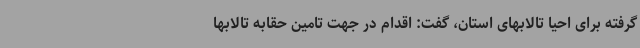
گرفته برای احیا تالابهای استان، گفت: اقدام در جهت تامین حقابه تالابها